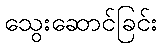
သွေးဆောင်ခြင်း